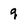
Character: q